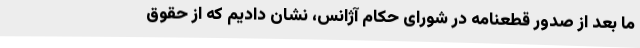
ما بعد از صدور قطعنامه در شورای حکام آژانس، نشان دادیم که از حقوق